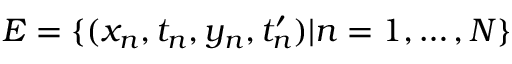
{ \cal E } = \{ ( x _ { n } , t _ { n } , y _ { n } , t _ { n } ^ { \prime } ) | n = 1 , \ldots , N \}